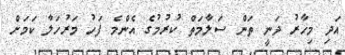
އަދި މިހާރު ދަނީ ތަން ސަލާމަތް ކުރުމުގެ އެންމެ ފަހު މަރުހަލާ ކަމަށް